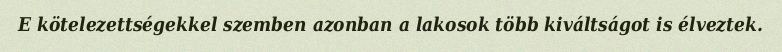
E kötelezettségekkel szemben azonban a lakosok több kiváltságot is élveztek.